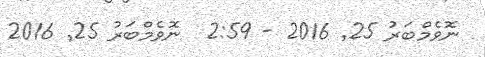
ނޮވެމްބަރު 25